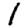
Digit: 1